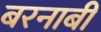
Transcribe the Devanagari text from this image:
बरनाबी